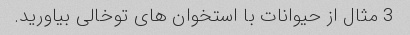
3 مثال از حیوانات با استخوان های توخالی بیاورید.